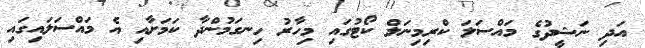
އަދި ނަޝީދުގެ މައްސަލަ ކްރިމިނަލް ކޯޓުގައި މިހާރު ހިނގަމުންދާ ކަމަށާއި އެ މައްސަލައިގައި